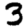
Digit: 3